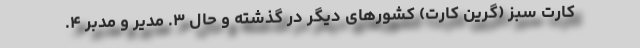
کارت سبز (گرین کارت) کشور‌های دیگر در گذشته و حال ۳. مدیر و مدبر ۴.